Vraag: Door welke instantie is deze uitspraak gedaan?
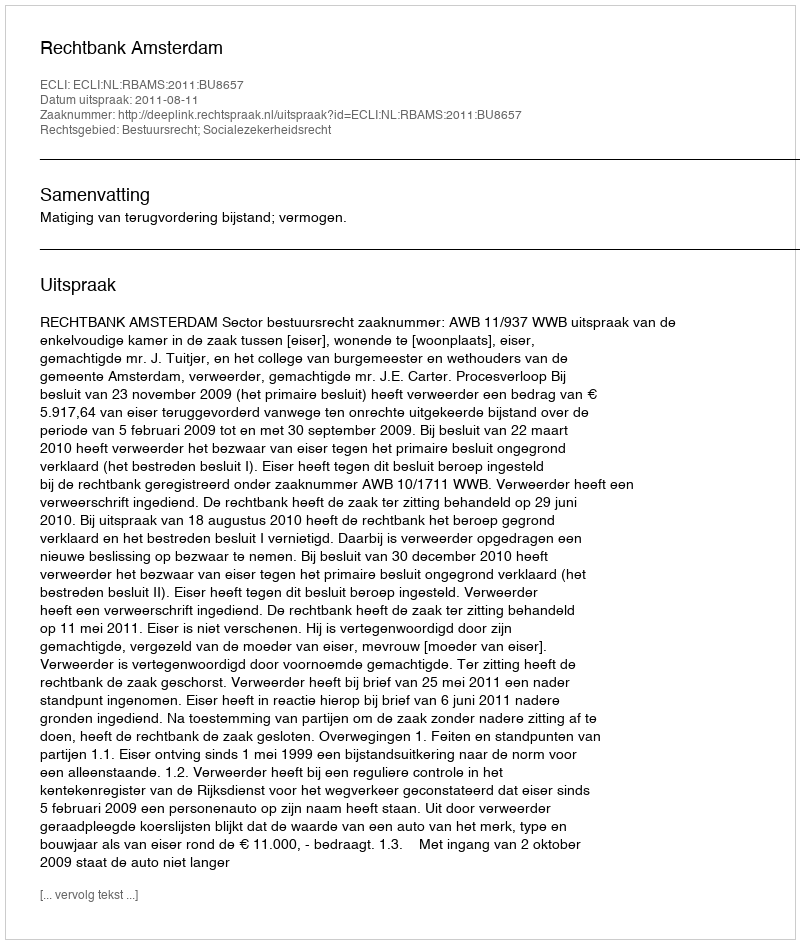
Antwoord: Rechtbank Amsterdam